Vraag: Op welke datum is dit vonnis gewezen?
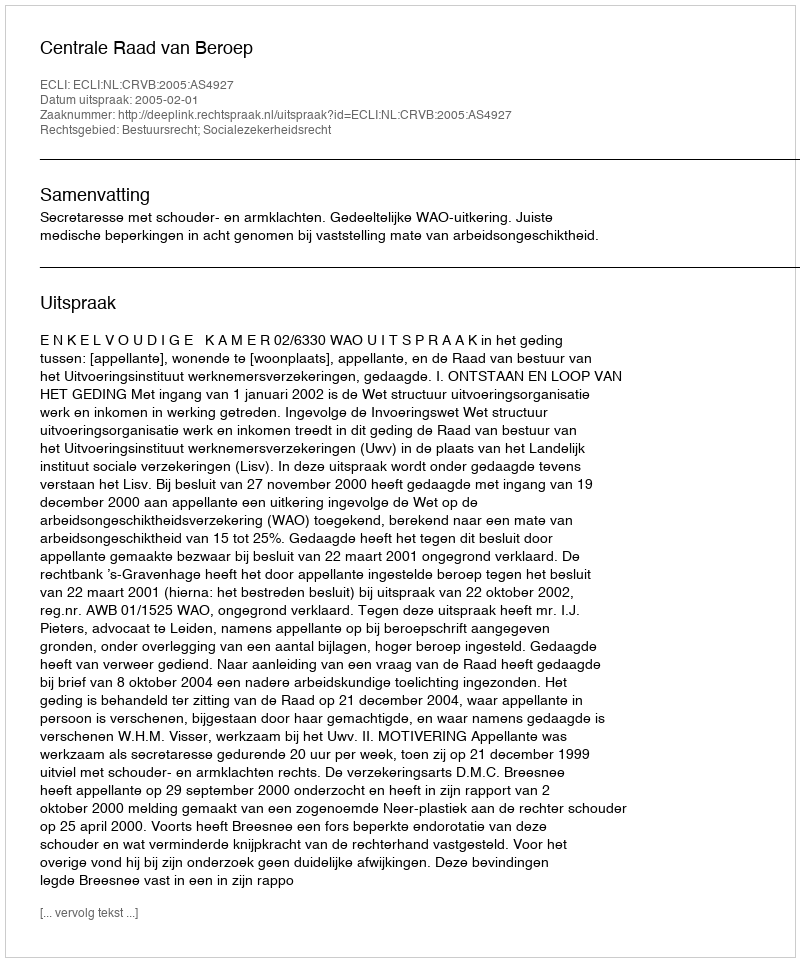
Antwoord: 2005-02-01